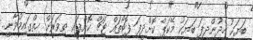
ބަޔަކު ހެދުންދީފަ ބަޔަކު މޭކަޕް ކޮށްދީފަ ފޮޓޯތައް ޓަޗް ކޮށްފައި ތިވަރަށް ހިތްގައިމުވާނީ..